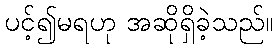
ပင့်၍မရဟု အဆိုရှိခဲ့သည်။